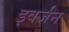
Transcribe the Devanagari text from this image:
इवर्जन